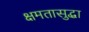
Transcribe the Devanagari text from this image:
क्षमतासुद्धा